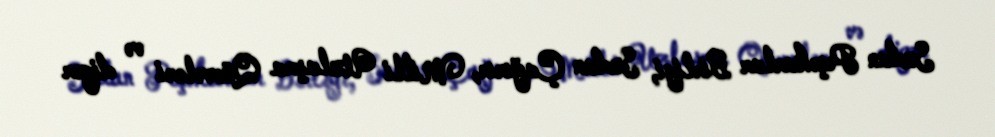
Sudan Peşəkarlar Birliyi, Sudan Çağırır, Milli Uzlaşma Qüvvələri və digər